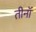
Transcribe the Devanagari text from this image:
तीनॉ